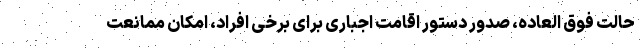
حالت فوق العاده، صدور دستور اقامت اجباری برای برخی افراد، امکان ممانعت